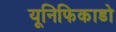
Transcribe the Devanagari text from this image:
यूनिफिकाडो